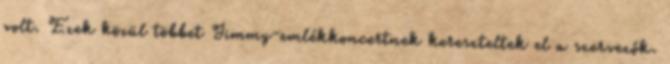
volt. Ezek közül többet Jimmy-emlékkoncertnek kereszteltek el a szervezők.